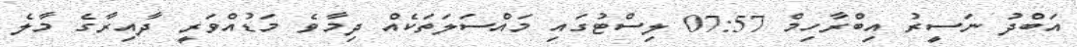
އަބްދު ނަސީރު އިބްރާހިމް 07:57 ލިސްޓުގައި މައްސަލަތަކެއް ދިމާވެ މަޑުއްވަރީ ދާއިރާގެ މާލެ